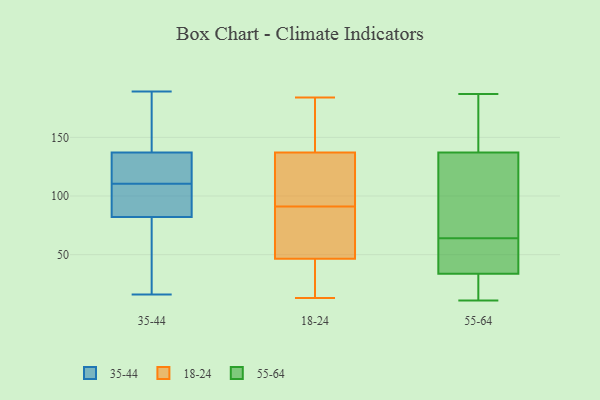
{"axis": {"x": "Churn Rate (%)", "y": "Value"}, "legend": ["18-24", "35-44", "55-64"], "data": [{"x": "", "y": 96, "type": "35-44"}, {"x": "", "y": 149, "type": "35-44"}, {"x": "", "y": 137, "type": "35-44"}, {"x": "", "y": 117, "type": "35-44"}, {"x": "", "y": 104, "type": "35-44"}, {"x": "", "y": 18, "type": "35-44"}, {"x": "", "y": 25, "type": "35-44"}, {"x": "", "y": 156, "type": "35-44"}, {"x": "", "y": 127, "type": "35-44"}, {"x": "", "y": 102, "type": "35-44"}, {"x": "", "y": 82, "type": "35-44"}, {"x": "", "y": 16, "type": "35-44"}, {"x": "", "y": 134, "type": "35-44"}, {"x": "", "y": 189, "type": "35-44"}, {"x": "", "y": 51, "type": "18-24"}, {"x": "", "y": 28, "type": "18-24"}, {"x": "", "y": 103, "type": "18-24"}, {"x": "", "y": 158, "type": "18-24"}, {"x": "", "y": 42, "type": "18-24"}, {"x": "", "y": 36, "type": "18-24"}, {"x": "", "y": 62, "type": "18-24"}, {"x": "", "y": 138, "type": "18-24"}, {"x": "", "y": 167, "type": "18-24"}, {"x": "", "y": 13, "type": "18-24"}, {"x": "", "y": 79, "type": "18-24"}, {"x": "", "y": 109, "type": "18-24"}, {"x": "", "y": 59, "type": "18-24"}, {"x": "", "y": 113, "type": "18-24"}, {"x": "", "y": 136, "type": "18-24"}, {"x": "", "y": 184, "type": "18-24"}, {"x": "", "y": 33, "type": "55-64"}, {"x": "", "y": 49, "type": "55-64"}, {"x": "", "y": 34, "type": "55-64"}, {"x": "", "y": 148, "type": "55-64"}, {"x": "", "y": 174, "type": "55-64"}, {"x": "", "y": 11, "type": "55-64"}, {"x": "", "y": 143, "type": "55-64"}, {"x": "", "y": 108, "type": "55-64"}, {"x": "", "y": 33, "type": "55-64"}, {"x": "", "y": 135, "type": "55-64"}, {"x": "", "y": 187, "type": "55-64"}, {"x": "", "y": 55, "type": "55-64"}, {"x": "", "y": 121, "type": "55-64"}, {"x": "", "y": 68, "type": "55-64"}, {"x": "", "y": 25, "type": "55-64"}, {"x": "", "y": 64, "type": "55-64"}, {"x": "", "y": 44, "type": "55-64"}]}